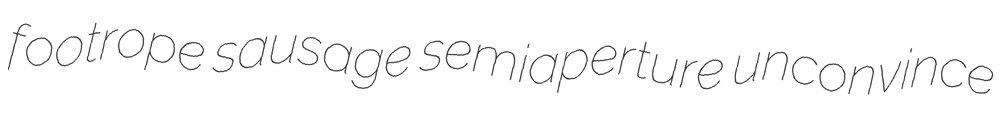
footrope sausage semiaperture unconvince